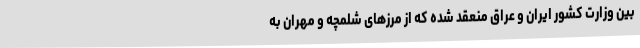
بین وزارت کشور ایران و عراق منعقد شده که از مرزهای شلمچه و مهران به